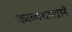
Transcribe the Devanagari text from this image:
काव्यशास्त्राने